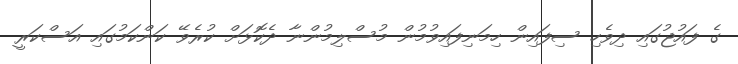
ގެ ފައުޖުގައި ދިވެހި ސިފައިން ހިމަނިފައިވުމުން މުސްލިމުންނާ ދެކޮޅަށް ކުރެވޭ ކަންކަމުގައި އަސްކަރީ